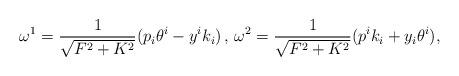
LaTeX: \begin{align*}\omega^1=\frac{1}{\sqrt{F^2+K^2}}(p_i\theta^i-y^ik_i)\,,\,\omega^2=\frac{1}{\sqrt{F^2+K^2}}(p^ik_i+y_i\theta^i),\end{align*}